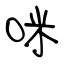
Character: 咪